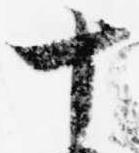
十